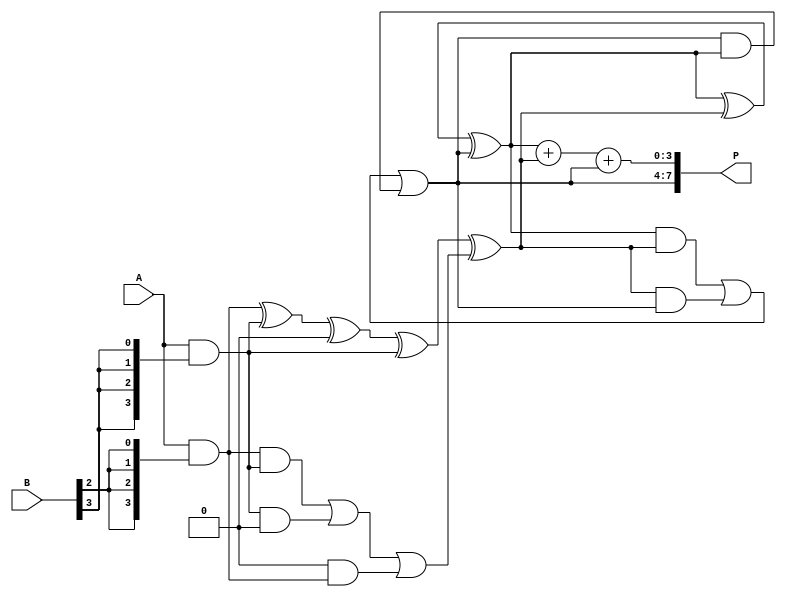
module wallace_tree_multiplier #(parameter N = 4) (
    input [N-1:0] A,
    input [N-1:0] B,
    output reg [2*N-1:0] P
);

    // Partial product matrix
    wire [N-1:0] pp [0:N-1]; // Partial products
    genvar i, j;

    // Generate partial products
    generate
        for (i = 0; i < N; i = i + 1) begin : pp_gen
            assign pp[i] = A & {N{B[i]}};
        end
    endgenerate

    // Carry-save adder (CSA)
    function [N-1:0] csa(input [N-1:0] a, input [N-1:0] b, input [N-1:0] c);
        begin
            csa = a ^ b ^ c; // Sum
        end
    endfunction

    function [N-1:0] carry(input [N-1:0] a, input [N-1:0] b, input [N-1:0] c);
        begin
            carry = (a & b) | (b & c) | (c & a); // Carry
        end
    endfunction

    // Intermediate wires for CSA levels
    wire [N-1:0] sum [0:N-1];
    wire [N-1:0] carry_out [0:N-1];

    // First level of CSA
    generate
        for (i = 0; i < N; i = i + 1) begin : first_level
            if (i < N-1) begin
                assign sum[i] = csa(pp[i], pp[i+1], 0);
                assign carry_out[i] = carry(pp[i], pp[i+1], 0);
            end else begin
                assign sum[i] = pp[i];
                assign carry_out[i] = 0;
            end
        end
    endgenerate

    // Second level of CSA
    generate
        for (i = 0; i < N/2; i = i + 1) begin : second_level
            assign sum[i] = csa(sum[2*i], sum[2*i+1], carry_out[2*i]);
            assign carry_out[i] = carry(sum[2*i], sum[2*i+1], carry_out[2*i]);
        end
    endgenerate

    // Final addition
    wire [N-1:0] final_sum;
    wire [N-1:0] final_carry;

    assign final_sum = sum[0] + sum[1] + carry_out[0];
    assign final_carry = carry(sum[0], sum[1], carry_out[0]);

    // Final product
    always @(*) begin
        P = {final_carry, final_sum};
    end

endmodule